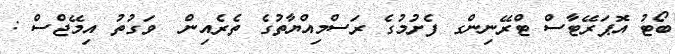
ބޯޓު އޮޕަރޭޓާސް ޓްރޭނިންގ ފެށުމުގެ ރަސްމިއްޔާތުގެ ތެރެއިން  ވަގުތު އިމޭޖްސް :